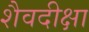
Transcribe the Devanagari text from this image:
शैवदीक्षा